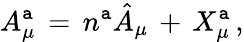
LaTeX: A_{\mu}^{\mathtt{a}}\, =\, n^{\mathtt{a}}\hat{{A}}_{\mu}\, +\, X_{\mu}^{\mathtt{a}}\, ,